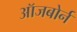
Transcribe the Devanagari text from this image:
ऑजबोर्न